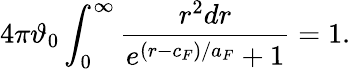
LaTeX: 4\pi\vartheta_{0}\int_{0}^{\infty}\frac{r^{2}dr}{e^{(r-c_{F})/a_{F}}+1}=1.